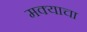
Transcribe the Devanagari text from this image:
मक्याचा